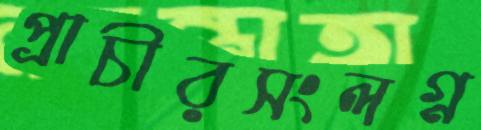
প্রাচীরসংলগ্ন